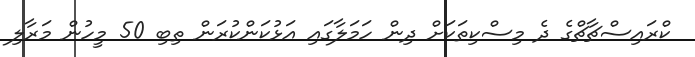
ކްރައިސްޗާޗްގެ ދެ މިސްކިތަކަށް ދިން ހަމަލާގައި އަޅުކަންކުރަން ތިބި 50 މީހުން މަރާލި